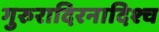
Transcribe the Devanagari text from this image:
गुरुरादिरनादिश्च